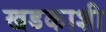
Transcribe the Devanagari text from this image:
खडकाशी